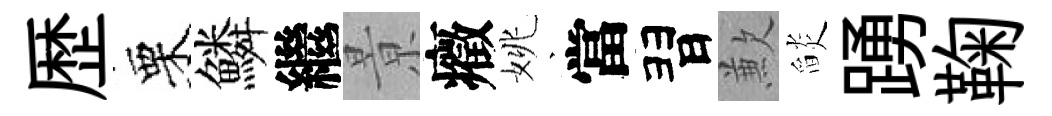
歴栗鱗繼㬌癥姚當習歉𦦨踴鞠